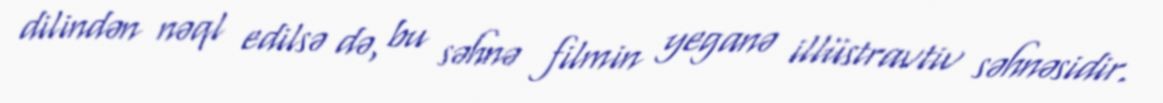
dilindən nəql edilsə də, bu səhnə filmin yeganə illüstravtiv səhnəsidir.